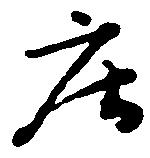
庄